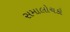
સમાલોચકો